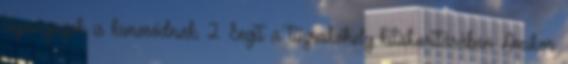
tápanyagok is kimosódnak. 2. Segít a tűzrakóhely kitakarításában Amikor